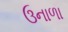
ઉનાળા